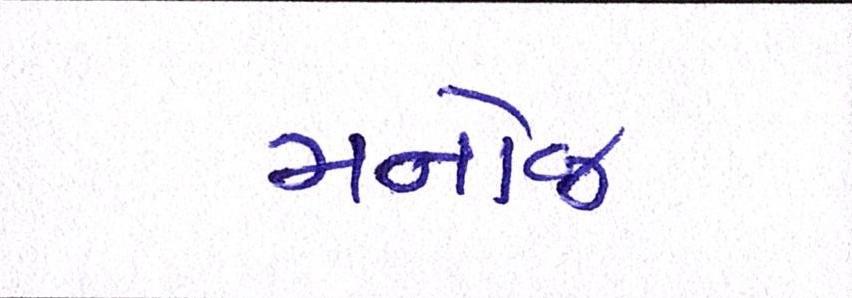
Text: મનોજ